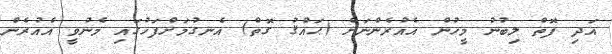
އަދި ފޮތް ލިބުނު މީހުން އެއުރެންނަށް (ޙައްޤު ގޮތް) އެނގުމަށްފަހުގައި މެނުވީ އެއުރެން